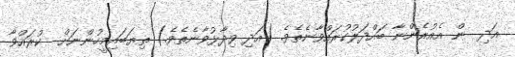
އަދި  ން އެއުރެންނާ ބައްދަލުކުރައްވާނެތެވެ. (އަދި ވިދާޅުވާނެތެވެ.) ތިޔަބައިމީހުންނަށް  ކުރައްވާ